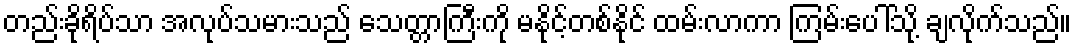
တည်းခိုရိပ်သာ အလုပ်သမားသည် သေတ္တာကြီးကို မနိုင့်တစ်နိုင် ထမ်းလာကာ ကြမ်းပေါ်သို့ ချလိုက်သည်။